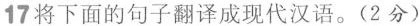
17将下面的句子翻译成现代汉语。(2分)